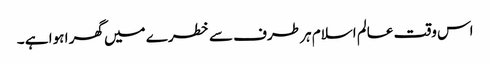
اس وقت عالم اسلام ہر طرف سے خطرے میں گھر ا ہوا ہے ۔